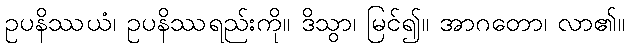
ဥပနိဿယံ၊ ဥပနိဿရည်းကို။ ဒိသွာ၊ မြင်၍။ အာဂတော၊ လာ၏။